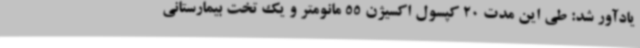
یادآور شد: طی این مدت 20 کپسول اکسیژن 55 مانومتر و یک تخت بیمارستانی